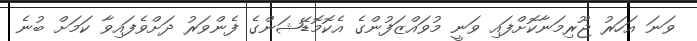
ވަނަ އަހަރު ޖޫރިމަނާކޮށްފައި ވަނީ މުވައްޒަފުންގެ އެކޮމޮޑޭޝަންގެ ފެންވަރު ދަށްވެފައިވާ ކަމަށް ބުނެ